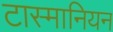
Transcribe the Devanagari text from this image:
टास्मानियन